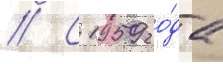
// С 1959 го́да